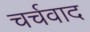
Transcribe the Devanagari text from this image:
चर्चवाद